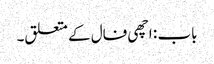
باب : اچھی فال کے متعلق۔